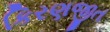
કિરણજીત